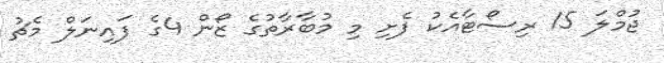
ޖުމްލަ 15 ރިސޯޓާއެކު ފެށި މި މުބާރާތުގެ ޒޯން 4ގެ ފައިނަލް މެޗު